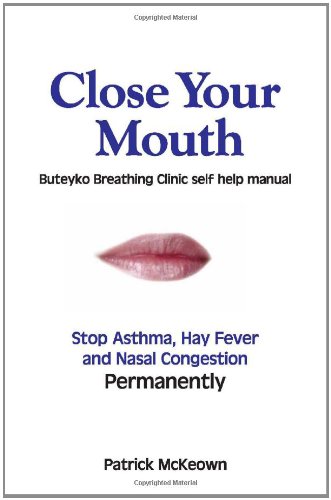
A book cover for Close Your Mouth: Buteyko Clinic Handbook for Perfect Health; Patrick McKeown; Medical Books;